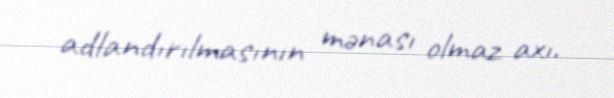
adlandırılmasının mənası olmaz axı.